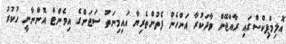
އޮލިމްޕިކްސްގައި ރާއްޖޭން ވާދަކުރާ އަންހެން ފެތުންތެރިޔާ އައިމިނަތު ސަޖަންގެ އިވެންޓް އޮންނާނީ ހުކުރު